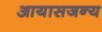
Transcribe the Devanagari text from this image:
आयासजन्य